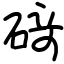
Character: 𥔎